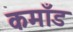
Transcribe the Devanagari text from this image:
कमाँड